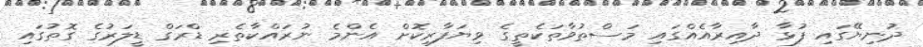
ދުނިޔޭގައި ފުޅާ ދާއިރާއެއްގައި މަސްތުވާތަކެތީގެ ވިޔަފާރިކޮށް އެންމެ ނުރައްކާތެރި ޑްރަގް ޑީލަރުގެ ގޮތުގައި